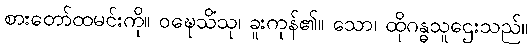
စားတော်ထမင်းကို။ ဝဍ္ဎေသိံသု၊ ခူးကုန်၏။ သော၊ ထိုဂန္ဓသူဌေးသည်။